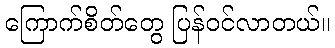
ကြောက်စိတ်တွေ ပြန်ဝင်လာတယ်။